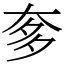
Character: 奓